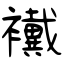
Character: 襶